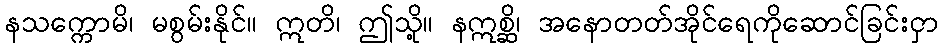
နသက္ကောမိ၊ မစွမ်းနိုင်။ ဣတိ၊ ဤသို့။ နဣစ္ဆိ၊ အနောတတ်အိုင်ရေကိုဆောင်ခြင်းငှာ